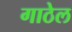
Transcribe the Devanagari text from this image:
गाठेल